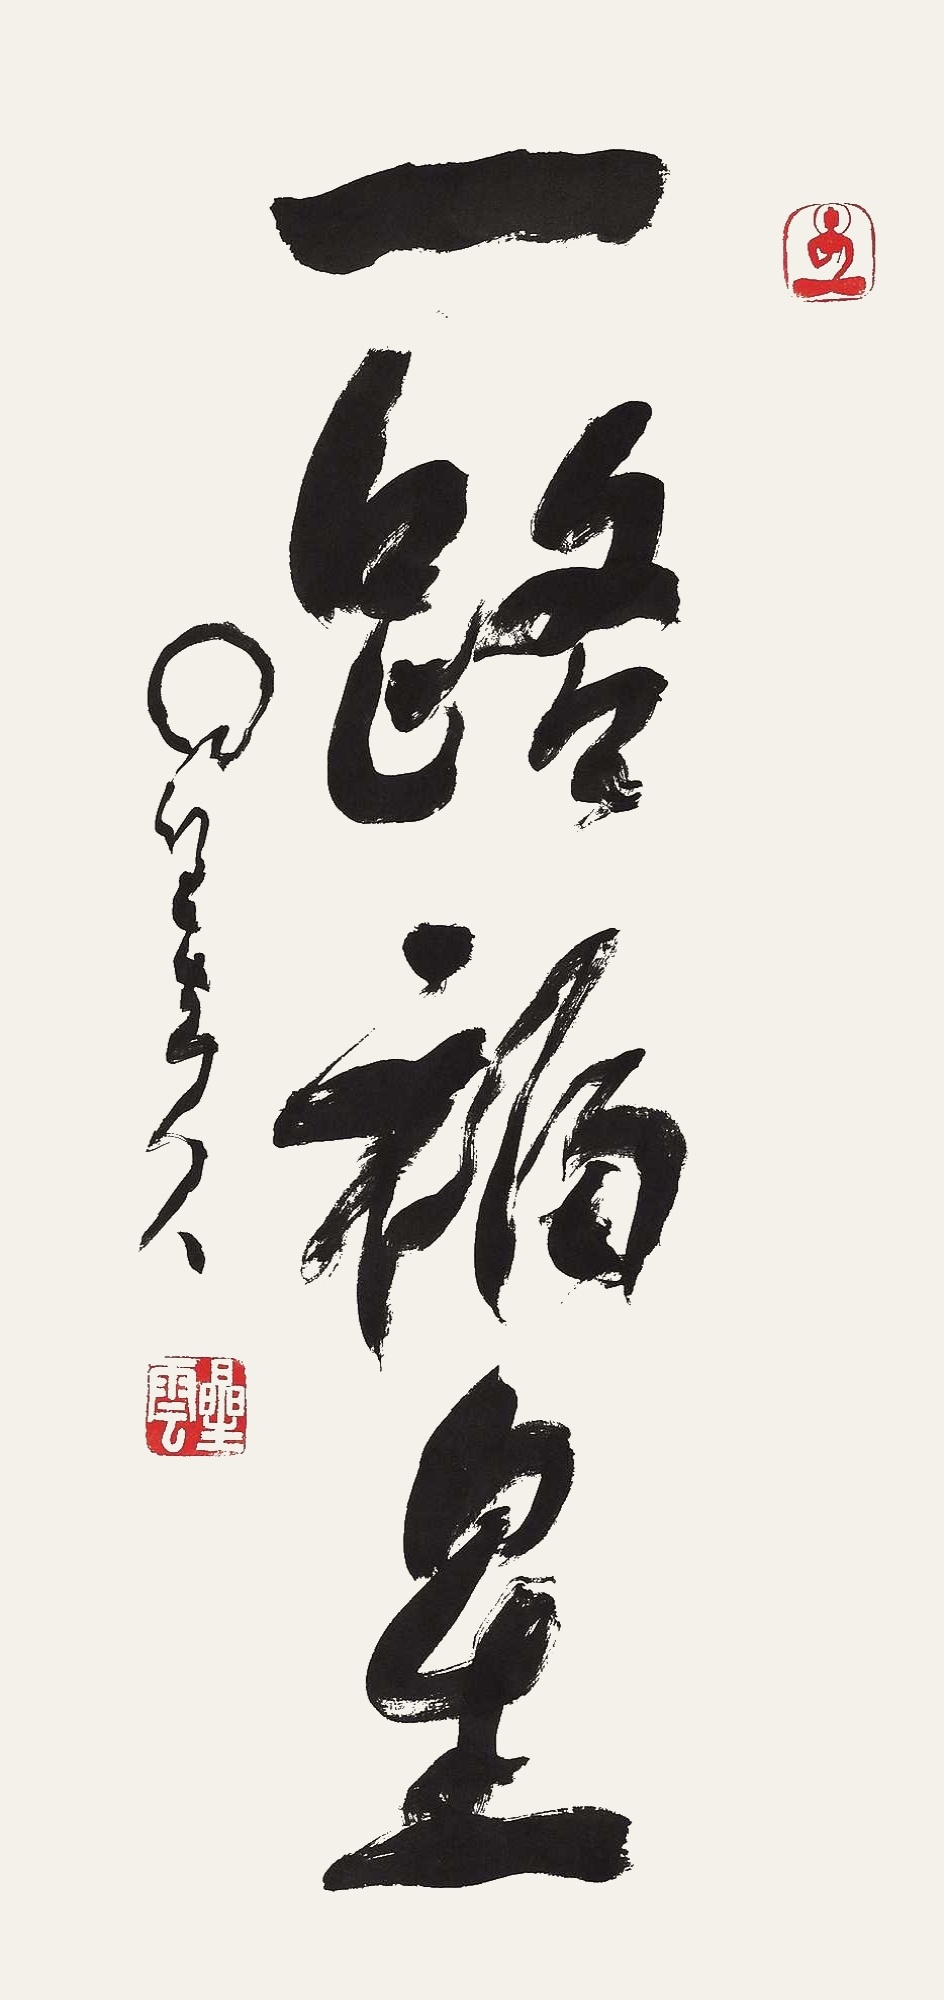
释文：一路福星星云八八